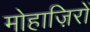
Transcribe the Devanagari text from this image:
मोहाज़िरों